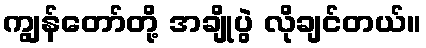
ကျွန်တော်တို့ အချိုပွဲ လိုချင်တယ်။